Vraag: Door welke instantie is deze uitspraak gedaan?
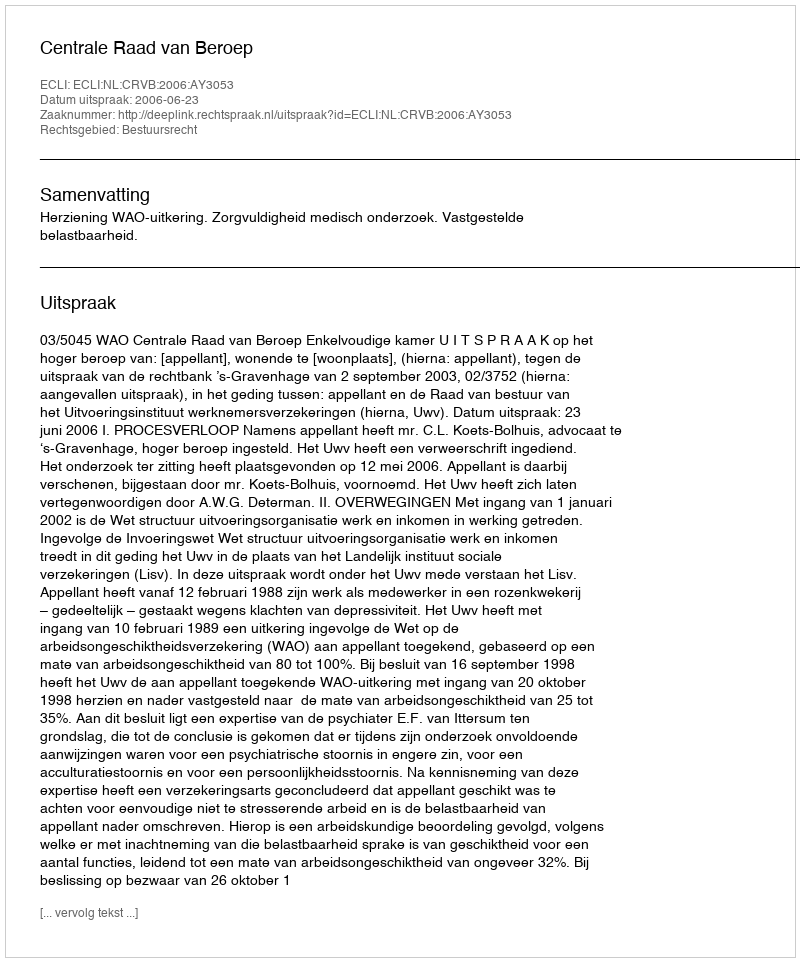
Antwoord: Centrale Raad van Beroep